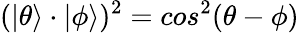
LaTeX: (|\theta\rangle\cdot|\phi\rangle)^{2}=cos^{2}{(\theta-\phi)}